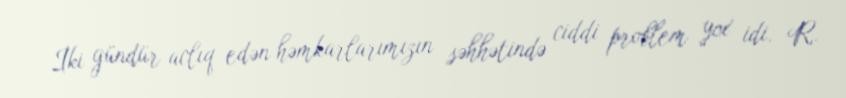
İki gündür aclıq edən həmkarlarımızın səhhətində ciddi problem yox idi. R.